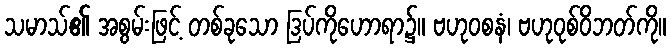
သမာသ်၏ အစွမ်းဖြင့် တစ်ခုသော ဒြပ်ကိုဟောရာ၌။ ဗဟုဝစနံ၊ ဗဟုဝုစ်ဝိဘတ်ကို။